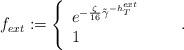
LaTeX: \begin{align*}f_{ext}:=\left\{\begin{array}{lcl} e^{-\frac{\zeta}{16} \tilde{\gamma}^{-h_T^{ext}}} & & \\1 & & \end{array}\right. \, .\end{align*}